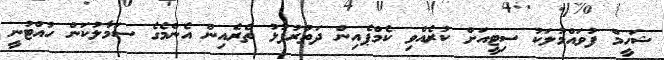
ޝަހީމް ފުވައްމުލަކު ސިޓީއަށް ކުރެއްވި ކެމްޕެއިން ދަތުރުފުޅު ތެރެއިން އެންމެގެ ސަމާލުކަން ހުއްޓުނީ